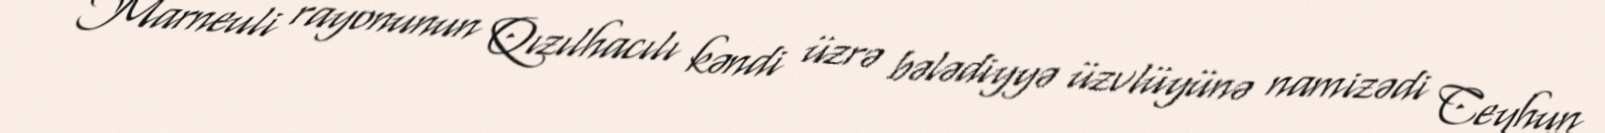
Marneuli rayonunun Qızılhacılı kəndi üzrə bələdiyyə üzvlüyünə namizədi Ceyhun